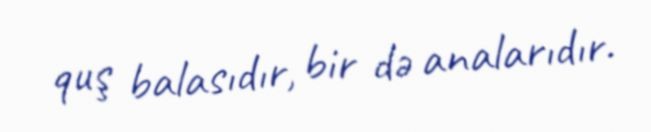
quş balasıdır, bir də analarıdır.